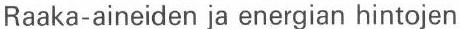
Raaka-aineiden ja energian hintojen